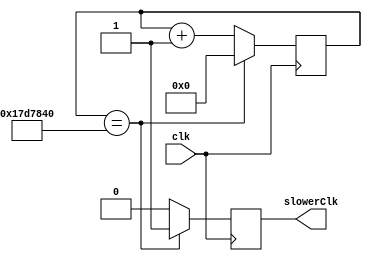
`timescale 1ns / 1ps
//////////////////////////////////////////////////////////////////////////////////
// Company: 
// Engineer: 
// 
// Design Name: 
// Module Name: clk_div2
// Project Name: 
// Target Devices: 
// Tool Versions: 
// Description: 
// 
// Dependencies: 
// 
// Revision:
// Revision 0.01 - File Created
// Additional Comments:
// 
//////////////////////////////////////////////////////////////////////////////////


module clk_div2 (input clk, output reg slowerClk);
reg [31:0] counter;
always@(posedge clk) begin
if(counter == 25000000) begin//100000000 is threshold, it is close to 1 sec 6250000
slowerClk <= 1;//signal new clk signal
counter <= 0;
end
else begin
slowerClk <= 0;
counter <= counter+1;
end
end

endmodule